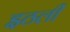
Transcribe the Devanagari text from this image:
इठली